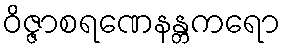
ဝိဇ္ဇာစရဏေနန္တကရော